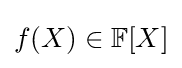
f(X)\in \mathbb {F} [X]